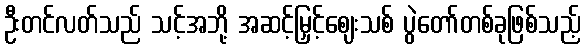
ဦးတင်လတ်သည် သင့်အဘို့ အဆင့်မြှင့်ဈေးသစ် ပွဲတော်တစ်ခုဖြစ်သည့်